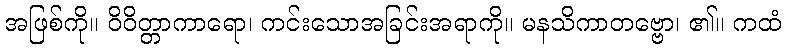
အဖြစ်ကို။ ဝိဝိတ္တာကာရော၊ ကင်းသောအခြင်းအရာကို။ မနသိကာတဗ္ဗော၊ ၏။ ကထံ